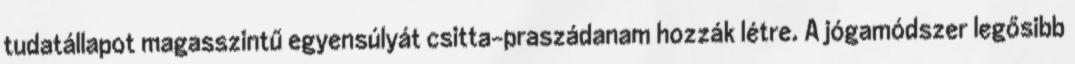
tudatállapot magasszintű egyensúlyát csitta-praszádanam hozzák létre. A jógamódszer legősibb